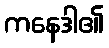
ကနေဒါ၏